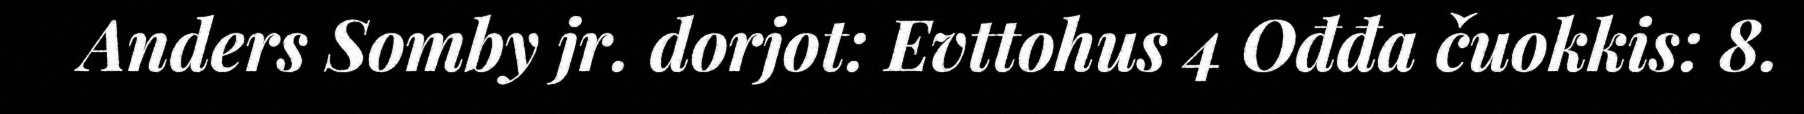
Anders Somby jr. dorjot: Evttohus 4 Ođđa čuokkis: 8.